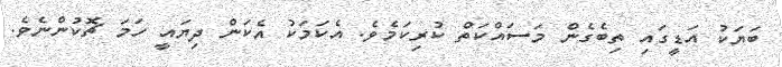
ބަޔަކު އަޑީގައި ތިބެގެން މަސައްކަތް ކުރިކަމެވެ. އެކަމަކު އެކަން ދިޔައީ ހަމަ ޗޮކުންނެވެ.